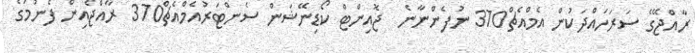
ރާއްޖޭގެ ސަރަހައްދަކުން އެމްއެޗް370 ނުފެންނާނެ  ޖޮއިންޓް ކޯޑިނޭޝަންް ސެންޓަރުއެމްއެޗް370 ރާއްޖެއިން ފެނުމުގެ